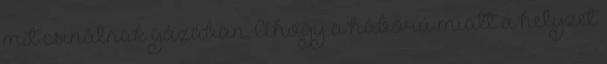
mit csinálnak gázában. Ahogy a háború miatt a helyzet